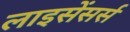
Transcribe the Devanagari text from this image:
लाइसेंसर्स